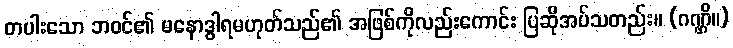
တပါးသော ဘဝင်၏ မနောဒွါရမဟုတ်သည်၏ အဖြစ်ကိုလည်းကောင်း ပြဆိုအပ်သတည်း။ (ဂဏ္ဌိ။)